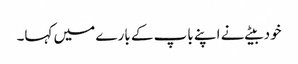
خود بیٹے نے اپنے باپ کے بارے میں کہا۔